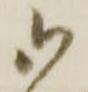
御